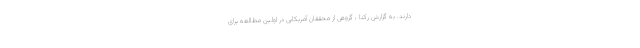
دارند. به گزارش رکنا ، گروهی از محققان آمریکایی در اولین مطالعه برای